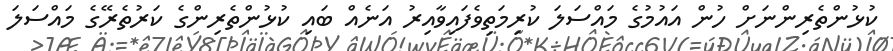
ކުޅުންތެރިންނަށް ހުން އައުމުގެ މައްސަލަ ކުރިމަތިވެފައިވާއިރު އަނެއް ބައި ކުޅުންތެރިންގެ ކަރުތެރޭގެ މައްސަލަ